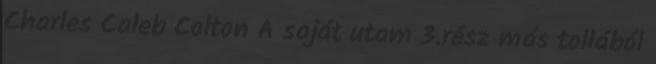
Charles Caleb Colton A saját utam 3.rész más tollából